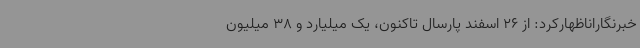
خبرنگاراناظهارکرد: از 26 اسفند پارسال تاکنون، یک میلیارد و 38 میلیون